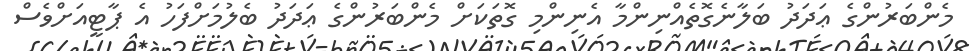
މެންބަރުންގެ ޢަދަދު ބަލާނެގޮތެއްނިންމާ އެނިންމި ގޮތަކަށް މެންބަރުންގެ ޢަދަދު ބެލުމަށްފަހު އެ ޕާޓީއަށްވެސް